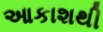
આકાશથી